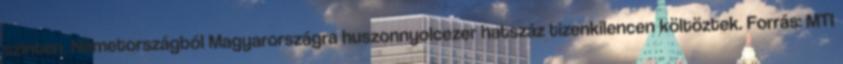
szinten. Németországból Magyarországra huszonnyolcezer hatszáz tizenkilencen költöztek. Forrás: MTI